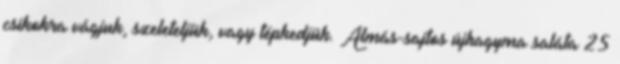
csíkokra vágjuk, szeleteljük, vagy tépkedjük. Almás-sajtos újhagyma saláta 25